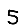
Digit: 5